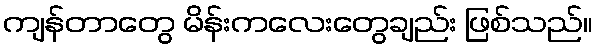
ကျန်တာတွေ မိန်းကလေးတွေချည်း ဖြစ်သည်။